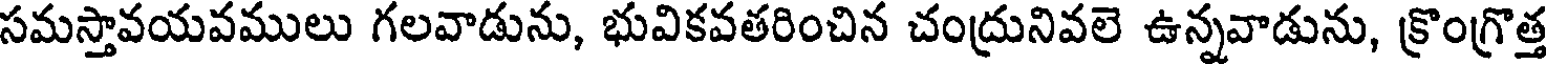
సమస్తావయవములు గలవాడును, భువికవతరించిన చంద్రునివలె ఉన్నవాడును, క్రొంగ్రొత్త